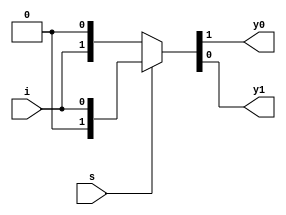
`timescale 1ns / 1ps
//////////////////////////////////////////////////////////////////////////////////
// Company: 
// Engineer: 
// 
// Design Name: 
// Module Name:    demux 
// Project Name: 
// Target Devices: 
// Tool versions: 
// Description: 
//
// Dependencies: 
//
// Revision: 
// Revision 0.01 - File Created
// Additional Comments: 
//
//////////////////////////////////////////////////////////////////////////////////
module demux(i,s,y0,y1);
input i,s;
output y0,y1;
assign{y0,y1}=s?{1'b0,i}:{i,1'b0};


endmodule
/*gate level
module demux(i,s,y0,y1);
input i,s;
output y0,y1;
wire w1;
not n1(w1,s);
and a1(y0,w1,i);
and a2(y1,i,s);
endmodule
*/
/*behavioural
module demux(i,s,y0,y1);
input i,s;
output[1:0]y;
reg [1:0]y;
always@(s,i)
begin
y[0]=i;
y[1]=0;
end
else
begin
y[1]=i;
y[0]=0;
end
end
endmodule

*/